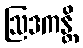
ဩဒကန္တိ